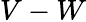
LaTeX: V-W